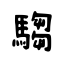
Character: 騶